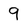
Character: 9